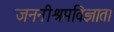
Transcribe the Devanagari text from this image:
जननीश्रमविज्ञाता